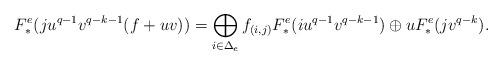
LaTeX: \begin{align*} F_*^e( ju^{q-1}v^{q-k-1}(f+uv))= \bigoplus_{i\in\Delta_e}f_{(i,j)}F_*^e(iu^{q-1}v^{q-k-1}) \oplus u F_*^e(jv^{q-k}).\end{align*}